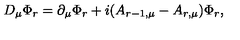
D _ { \mu } \Phi _ { r } = \partial _ { \mu } \Phi _ { r } + i ( A _ { r - 1 , \mu } - A _ { r , \mu } ) \Phi _ { r } ,